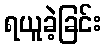
ရယူခဲ့ခြင်း